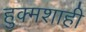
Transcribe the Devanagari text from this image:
हुक्मशाही